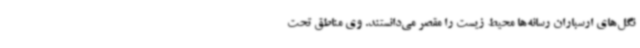
نگل‌های ارسباران رسانه‌ها محیط زیست را مقصر می‌دانستند. وی مناطق تحت